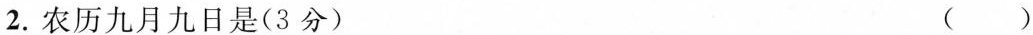
2.农历九月九日是(3分) ()